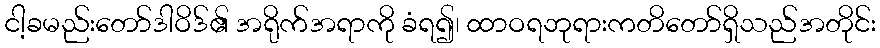
ငါ့ခမည်းတော်ဒါဝိဒ်၏ အရိုက်အရာကို ခံရ၍၊ ထာဝရဘုရားကတိတော်ရှိသည်အတိုင်း